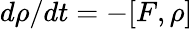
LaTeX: d\rho/dt=-[F,\rho]